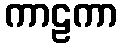
ကာဠကာ